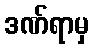
ဒဏ်ရာမှ